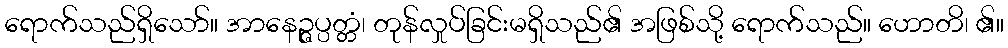
ရောက်သည်ရှိသော်။ အာနေဉ္ဇပ္ပတ္တံ၊ တုန်လှုပ်ခြင်းမရှိသည်၏ အဖြစ်သို့ ရောက်သည်။ ဟောတိ၊ ၏။